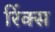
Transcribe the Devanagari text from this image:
रिंक्स